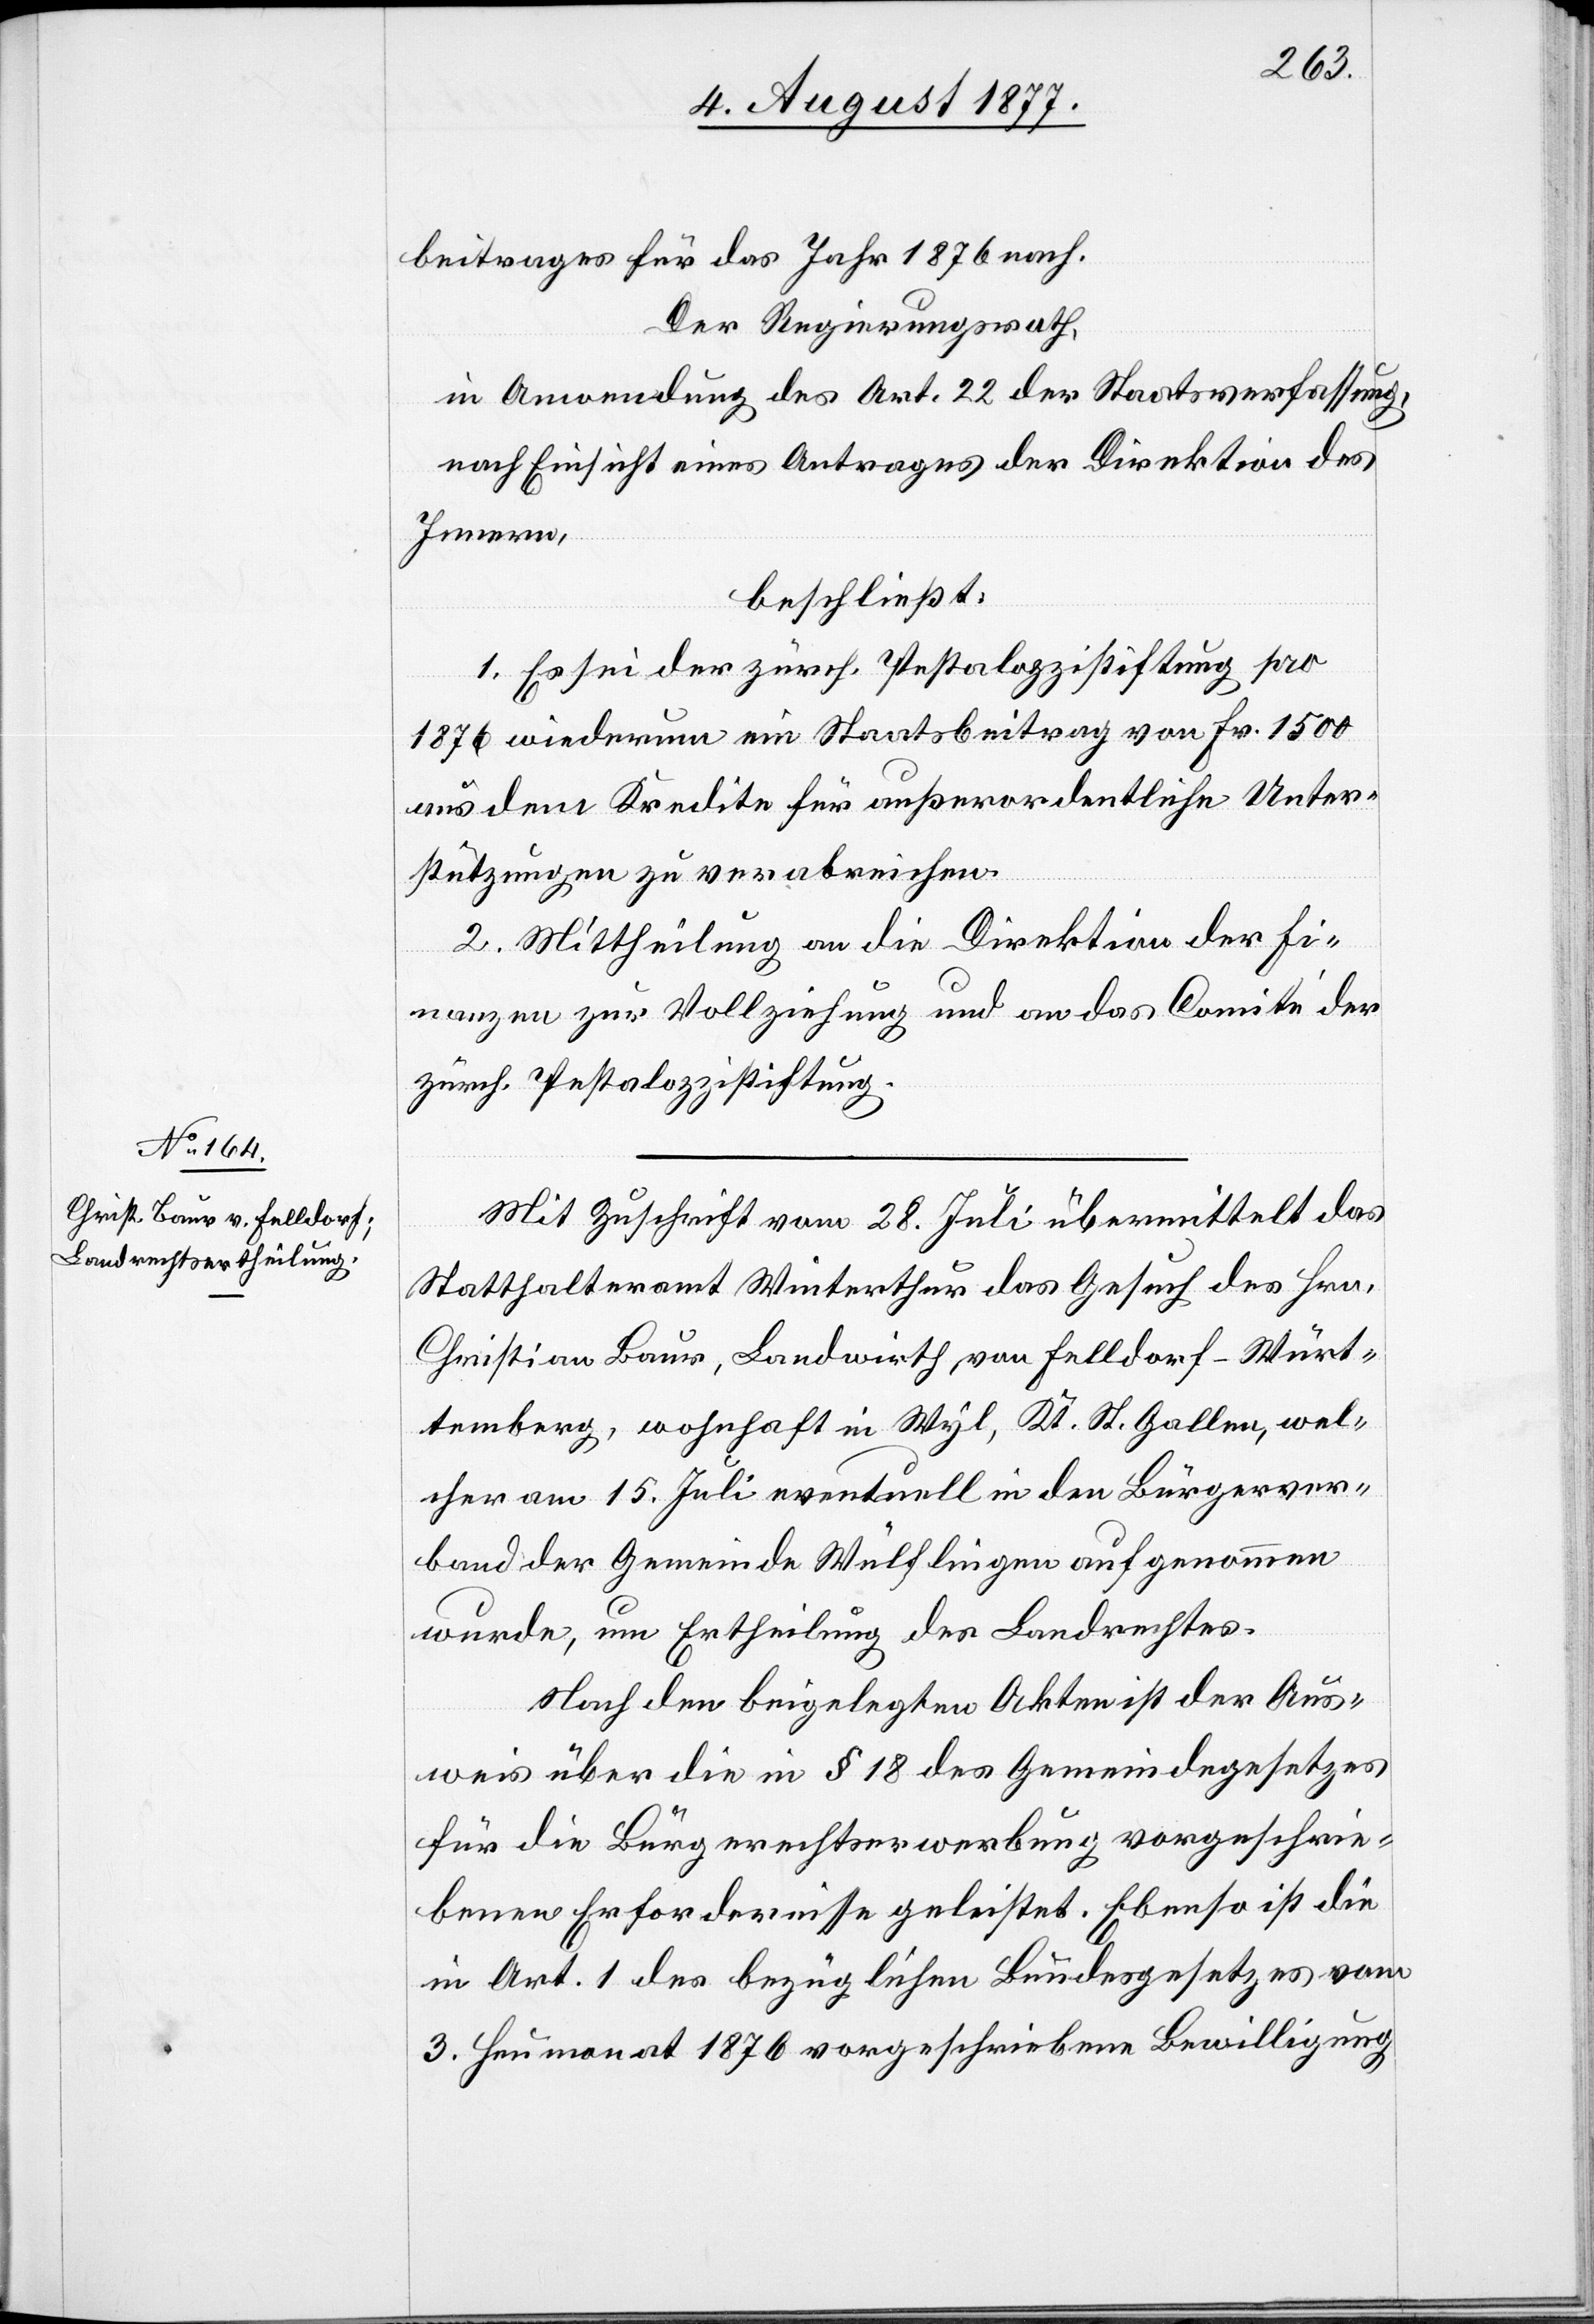
beitrages für das Jahr 1876 nach.
Der Regierungsrath,
in Anwendung des Art. 22 der Staatsverfassung,
nach Einsicht eines Antrages der Direktion des
Innern,
beschließt:
1. Es sei der zürch. Pestalozzistiftung pro
1876 wiederum ein Staatsbeitrag von Fr. 1500
aus dem Kredite für außerordentliche Unter¬
stützungen zu verabreichen.
2. Mittheilung an die Direktion der Fi¬
nanzen zur Vollziehung und an das Comité der
zürch. Pestalozzistiftung.
Mit Zuschrift vom 28. Juli übermittelt das
Statthalteramt Winterthur das Gesuch des Hrn.
Christian Baur, Landwirth, von Felldorf - Würt¬
temberg, wohnhaft in Wyl, Kt. St. Gallen, wel¬
cher am 15. Juli eventuell in den Bürgerver¬
band der Gemeinde Wülflingen aufgenommen
wurde, um Ertheilung des Landrechtes.
Nach den beigelegten Akten ist der Aus¬
weis über die in § 18 des Gemeindegesetzes
für die Bürger[r]echtserwerbung vorgeschrie¬
benen Erfordernisse geleistet. Ebenso ist die
in Art. 1 des bezüglichen Bundesgesetzes vom
3. Heumonat 1876 vorgeschriebene Bewilligung